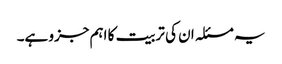
یہ مسئلہ ان کی تربیت کا اہم جزو ہے۔